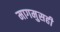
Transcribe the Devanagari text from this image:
मागमुसही